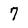
Character: 7